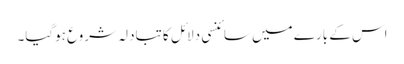
اس کے بارے میں سائنسی دلائل کا تبادلہ شروع ہوگیا۔